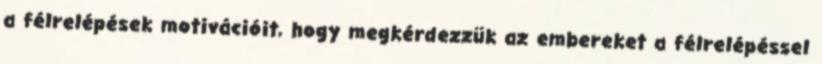
a félrelépések motivációit, hogy megkérdezzük az embereket a félrelépéssel